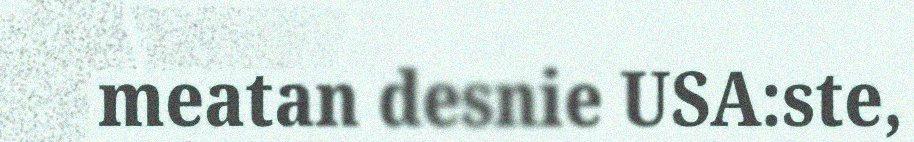
meatan desnie USA:ste,